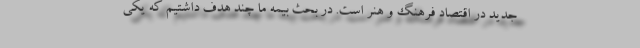
جدید در اقتصاد فرهنگ و هنر است. در بحث بیمه ما چند هدف داشتیم که یکی